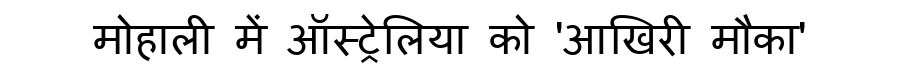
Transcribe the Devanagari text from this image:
मोहाली में ऑस्ट्रेलिया को 'आखिरी मौका'